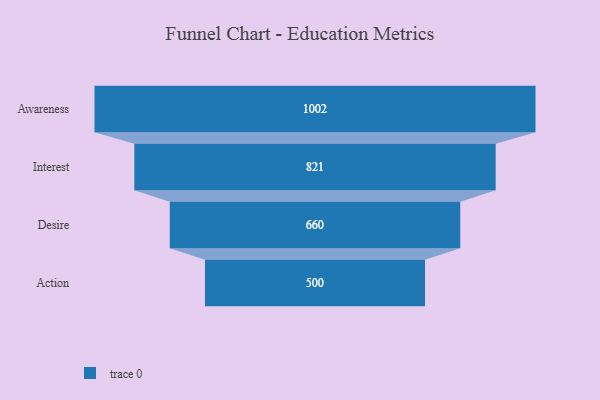
{"axis": {"x": "Stage", "y": "Value"}, "legend": [""], "data": [{"x": "Awareness", "y": 1002.0, "type": ""}, {"x": "Interest", "y": 821.0, "type": ""}, {"x": "Desire", "y": 660.0, "type": ""}, {"x": "Action", "y": 500, "type": ""}]}